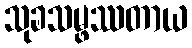
သုခသမ္ဖဿတာယ